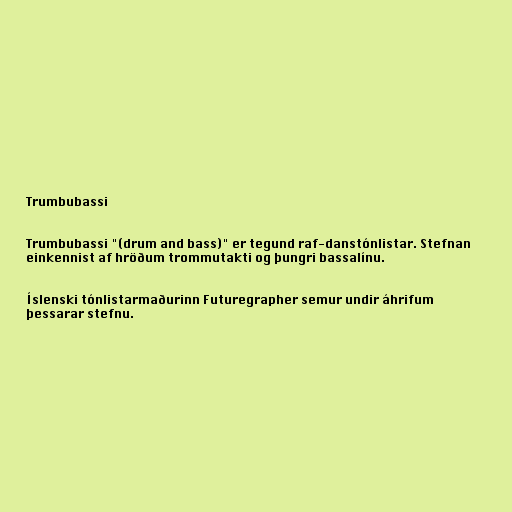
Trumbubassi

Trumbubassi "(drum and bass)" er tegund raf-danstónlistar. Stefnan
einkennist af hröðum trommutakti og þungri bassalínu.

Íslenski tónlistarmaðurinn Futuregrapher semur undir áhrifum
þessarar stefnu.